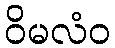
ဝိမလံဝ